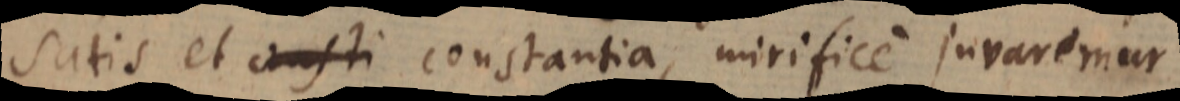
satis et consti constantia, mirifice juvaremur